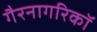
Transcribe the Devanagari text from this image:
गैरनागरिकॉ